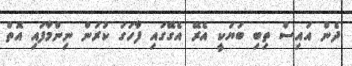
ދެން އައިސް ތިބި ބަޔަކީ އެރޭ އެގޭގައި ފާހަގަ ކުރަން ނިންމާފައި އޮތް